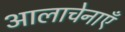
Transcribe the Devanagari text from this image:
आलाचेनाएँ